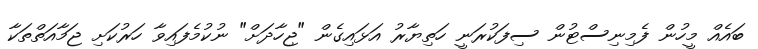
ބައެއް މީހުން ފެމިނިސްޓުން ސިފަކުރަނީ ހަތިޔާރު އަޅައިގެން "ޖިހާދަށް" ނުކުމެފައިވާ ހަރުކަށި ޖަމާއަތްތަކާ